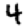
Digit: 4